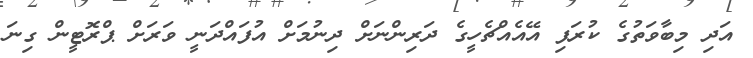
އަދި މިބާވަތުގެ ކުރަފި އޭއެއްޗެހީގެ ދަރިންނަށް ދިނުމަށް އުފައްދަނީ ވަރަށް ޕްރޮޓީން ގިނަ